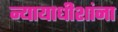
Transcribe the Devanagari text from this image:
न्यायाधीशांना